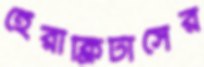
হেরাক্লিটাসের